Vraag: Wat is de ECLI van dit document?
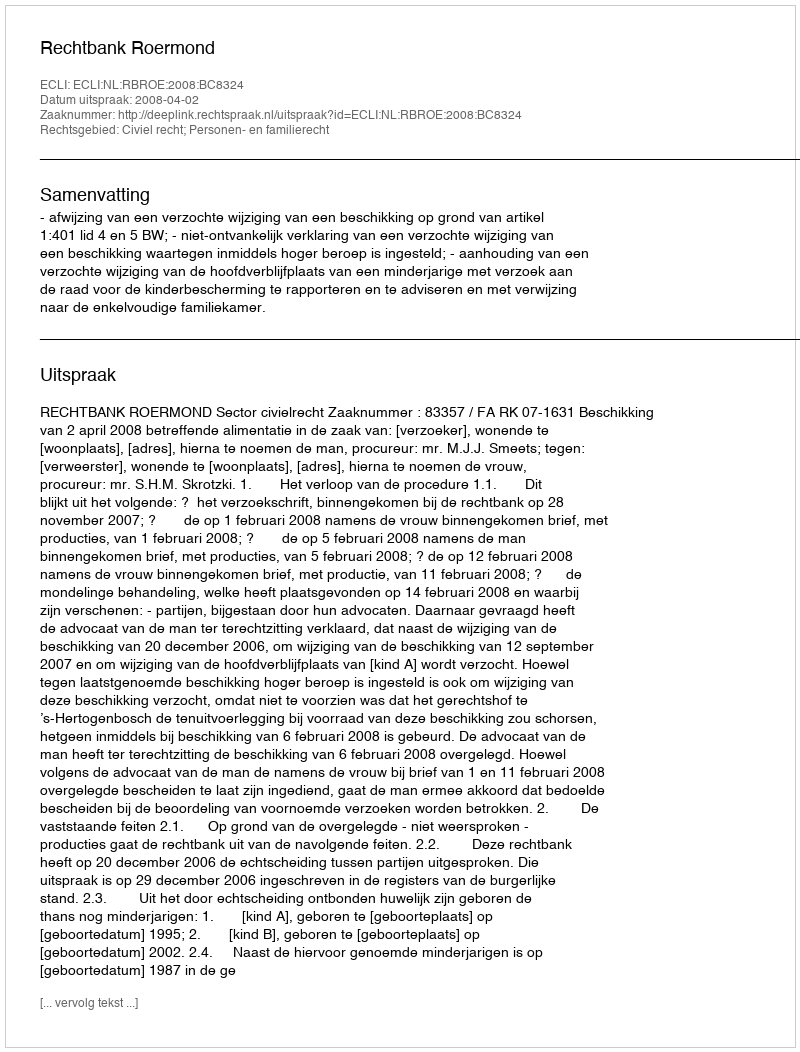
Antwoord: ECLI:NL:RBROE:2008:BC8324